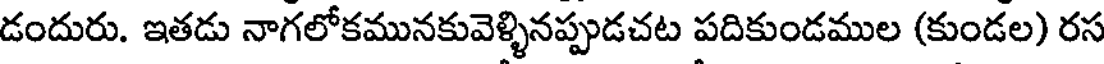
డందురు. ఇతడు నాగలోకమునకువెళ్ళినప్పుడచట పదికుండముల (కుండల) రస